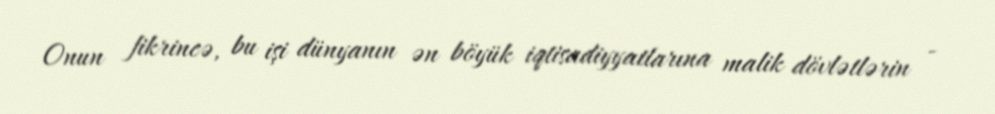
Onun fikrincə, bu işi dünyanın ən böyük iqtisadiyyatlarına malik dövlətlərin -